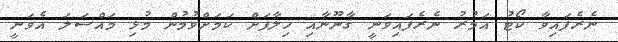
ނެރެފައިވާ ކޯޓު އަމުރު ނެރެފައިވަނީ ޤާނޫނާއި ޚިލާފަށް ކަމަށްވުމުން މުޅި މައްސަލަ އެވަނީ